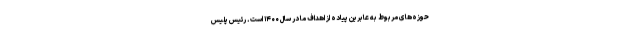
حوزه‌های مربوط به عابرین پیاده از اهداف ما در سال ۱۴۰۰ است. رئیس پلیس